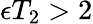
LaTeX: \epsilon T_{2}>2